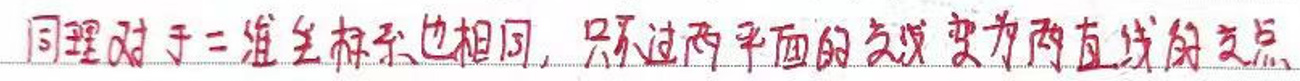
同理对于二淮立标杆也相同，只不过两平面的交线变为两直线的交点。